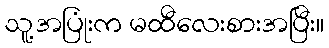
သူ့အပြုံးက မထီလေးစားအပြီး။